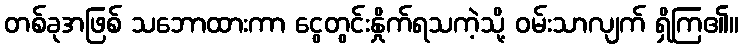
တစ်ခုအဖြစ် သဘောထားကာ ငွေတွင်းနှိုက်ရသကဲ့သို့ ဝမ်းသာလျက် ရှိကြ၏။